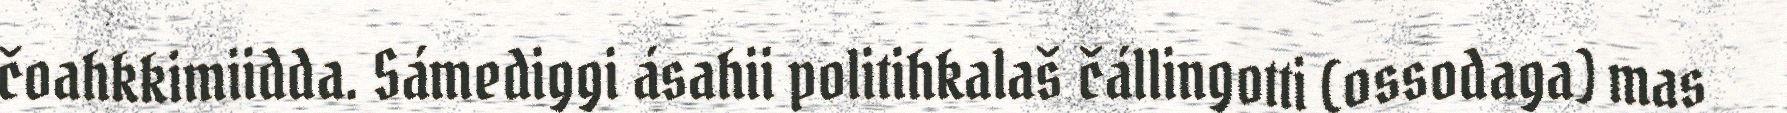
čoahkkimiidda. Sámediggi ásahii politihkalaš čállingotti (ossodaga) mas